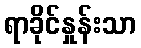
ရာခိုင်နှုန်းသာ